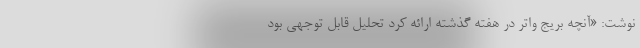
نوشت: «آنچه بریج واتر در هفته گذشته ارائه کرد تحلیل قابل توجهی بود